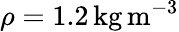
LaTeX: \rho=1.2\, \mathrm{kg}\, \mathrm{m}^{-3}